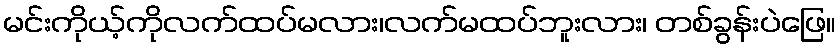
မင်းကိုယ့်ကိုလက်ထပ်မလား၊လက်မထပ်ဘူးလား၊ တစ်ခွန်းပဲဖြေ။